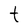
Character: t